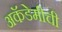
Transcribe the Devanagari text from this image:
अकॅडेमीची